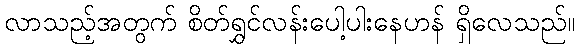
လာသည့်အတွက် စိတ်ရွှင်လန်းပေါ့ပါးနေဟန် ရှိလေသည်။